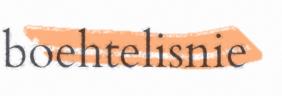
boehtelisnie